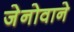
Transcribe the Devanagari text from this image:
जेनोवाने